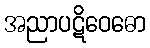
အညာပဋိဝေဓော